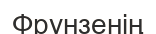
Фрунзенің